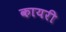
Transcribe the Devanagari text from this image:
कायरी